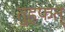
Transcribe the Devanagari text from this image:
तुहफत्